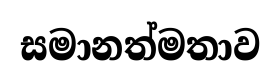
සමානත්මතාව